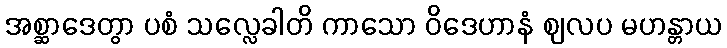
အစ္ဆာဒေတွာ ပစံ သလ္လေခါတိ ကာသော ဝိဒေဟာနံ ဈလပ မဟန္တာယ